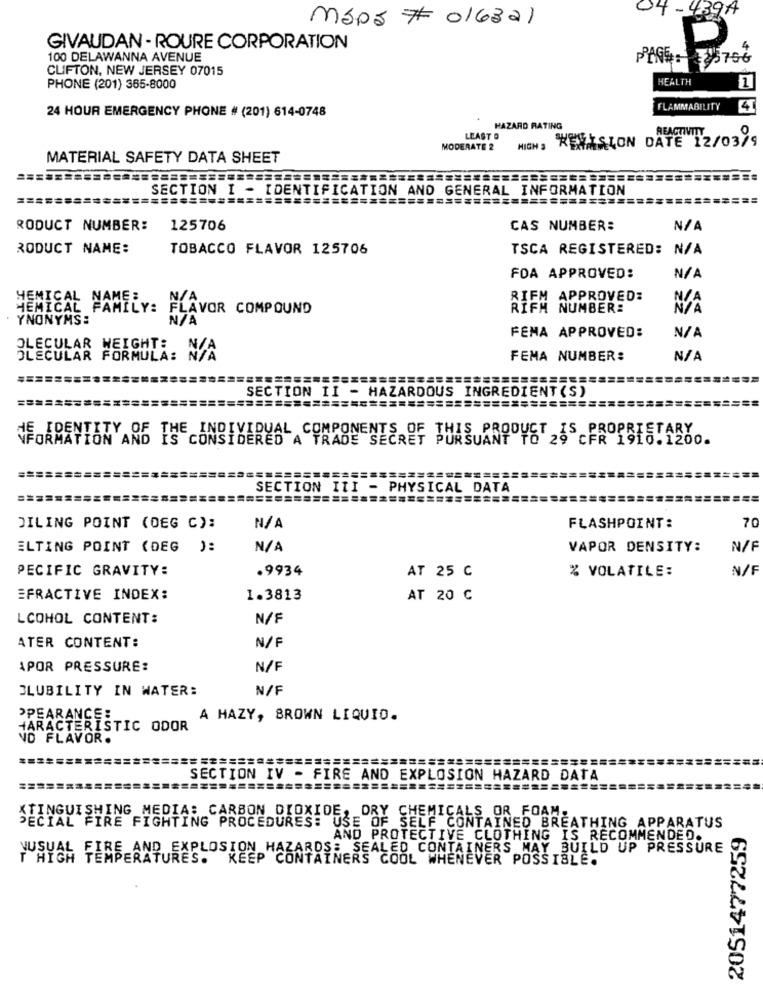
04-4394
MSDS # 016321
GIVAUDAN - ROURE CORPORATION
100 DELAWANNA AVENUE
CLIFTON, NEW JERSEY 07015
HEALTH
PHONE (201) 365-8000
1
FLAMMABILITY
41
24 HOUR EMERGENCY PHONE # (201) 614-0748
HAZARD RATING
LEAST O
WEVISION DATE 12/03/9
REACTIVITY
MODERATE 2
HIGH 3
MATERIAL SAFETY DATA SHEET
SECTION I - IDENTIFICATION AND GENERAL INFORMATION
RODUCT NUMBER:
125706
CAS NUMBER:
RODUCT NAME:
TOBACCO FLAVOR 125706
TSCA REGISTERED: N/A
FOA APPROVED:
HEMICAL NAME:
RIFM APPROVED:
HEMICAL
FAMILY:
FLAVOR COMPOUND
RIFH NUMBER:
YNONYMS:
FEMA APPROVED:
OLECULAR WEIGHT: N/A
OLECULAR FORMULA: N/A
FEMA NUMBER:
SECTION II - HAZARDOUS INGREDIENT (S)
THE INDIVIDUAL COMPONENTS OF THIS PRODUCT IS PROPRIETARY
FORMATION
CFR 1910.1200.
SECTION ITI - PHYSICAL DATA
==========
JILING POINT (DEG C):
FLASHPOINT:
70
ELTING POINT (DEG ):
VAPOR DENSITY:
N/F
PECIFIC GRAVITY:
.9934
% VOLATILE:
N/F
AT 25 C
EFRACTIVE INDEX:
1.3813
AT 20 C
LCOHOL CONTENT:
N/F
ATER CONTENT:
N/F
APOR PRESSURE:
N/F
BLUBILITY IN WATER:
N/F
OPEARANCE:
A HAZY, BROWN LIQUIO.
HARACTERISTIC ODOR
ND FLAVOR.
SECTION IV - FIRE AND EXPLOSION HAZARD DATA
========
====
TINGUISHING MEDIA: CARBON DIOXIDE, DRY CHEMICALS OR FOAM.
PECIAL FIRE FIGHTING PROCEDURES: USE OF SELF CONTAINED BREATHING APPARATUS
2051477259
AND PROTECTIVE CLOTHING IS RECOMMENDED.
EXPLOSION HAZARDS: SEALED CONTAINERS MAY BUILD UP PRESSURE
YUSUAL FIRE AND
TEMPERATURES. KEEP CONTAINERS COOL WHENEVER POSSIBLE.